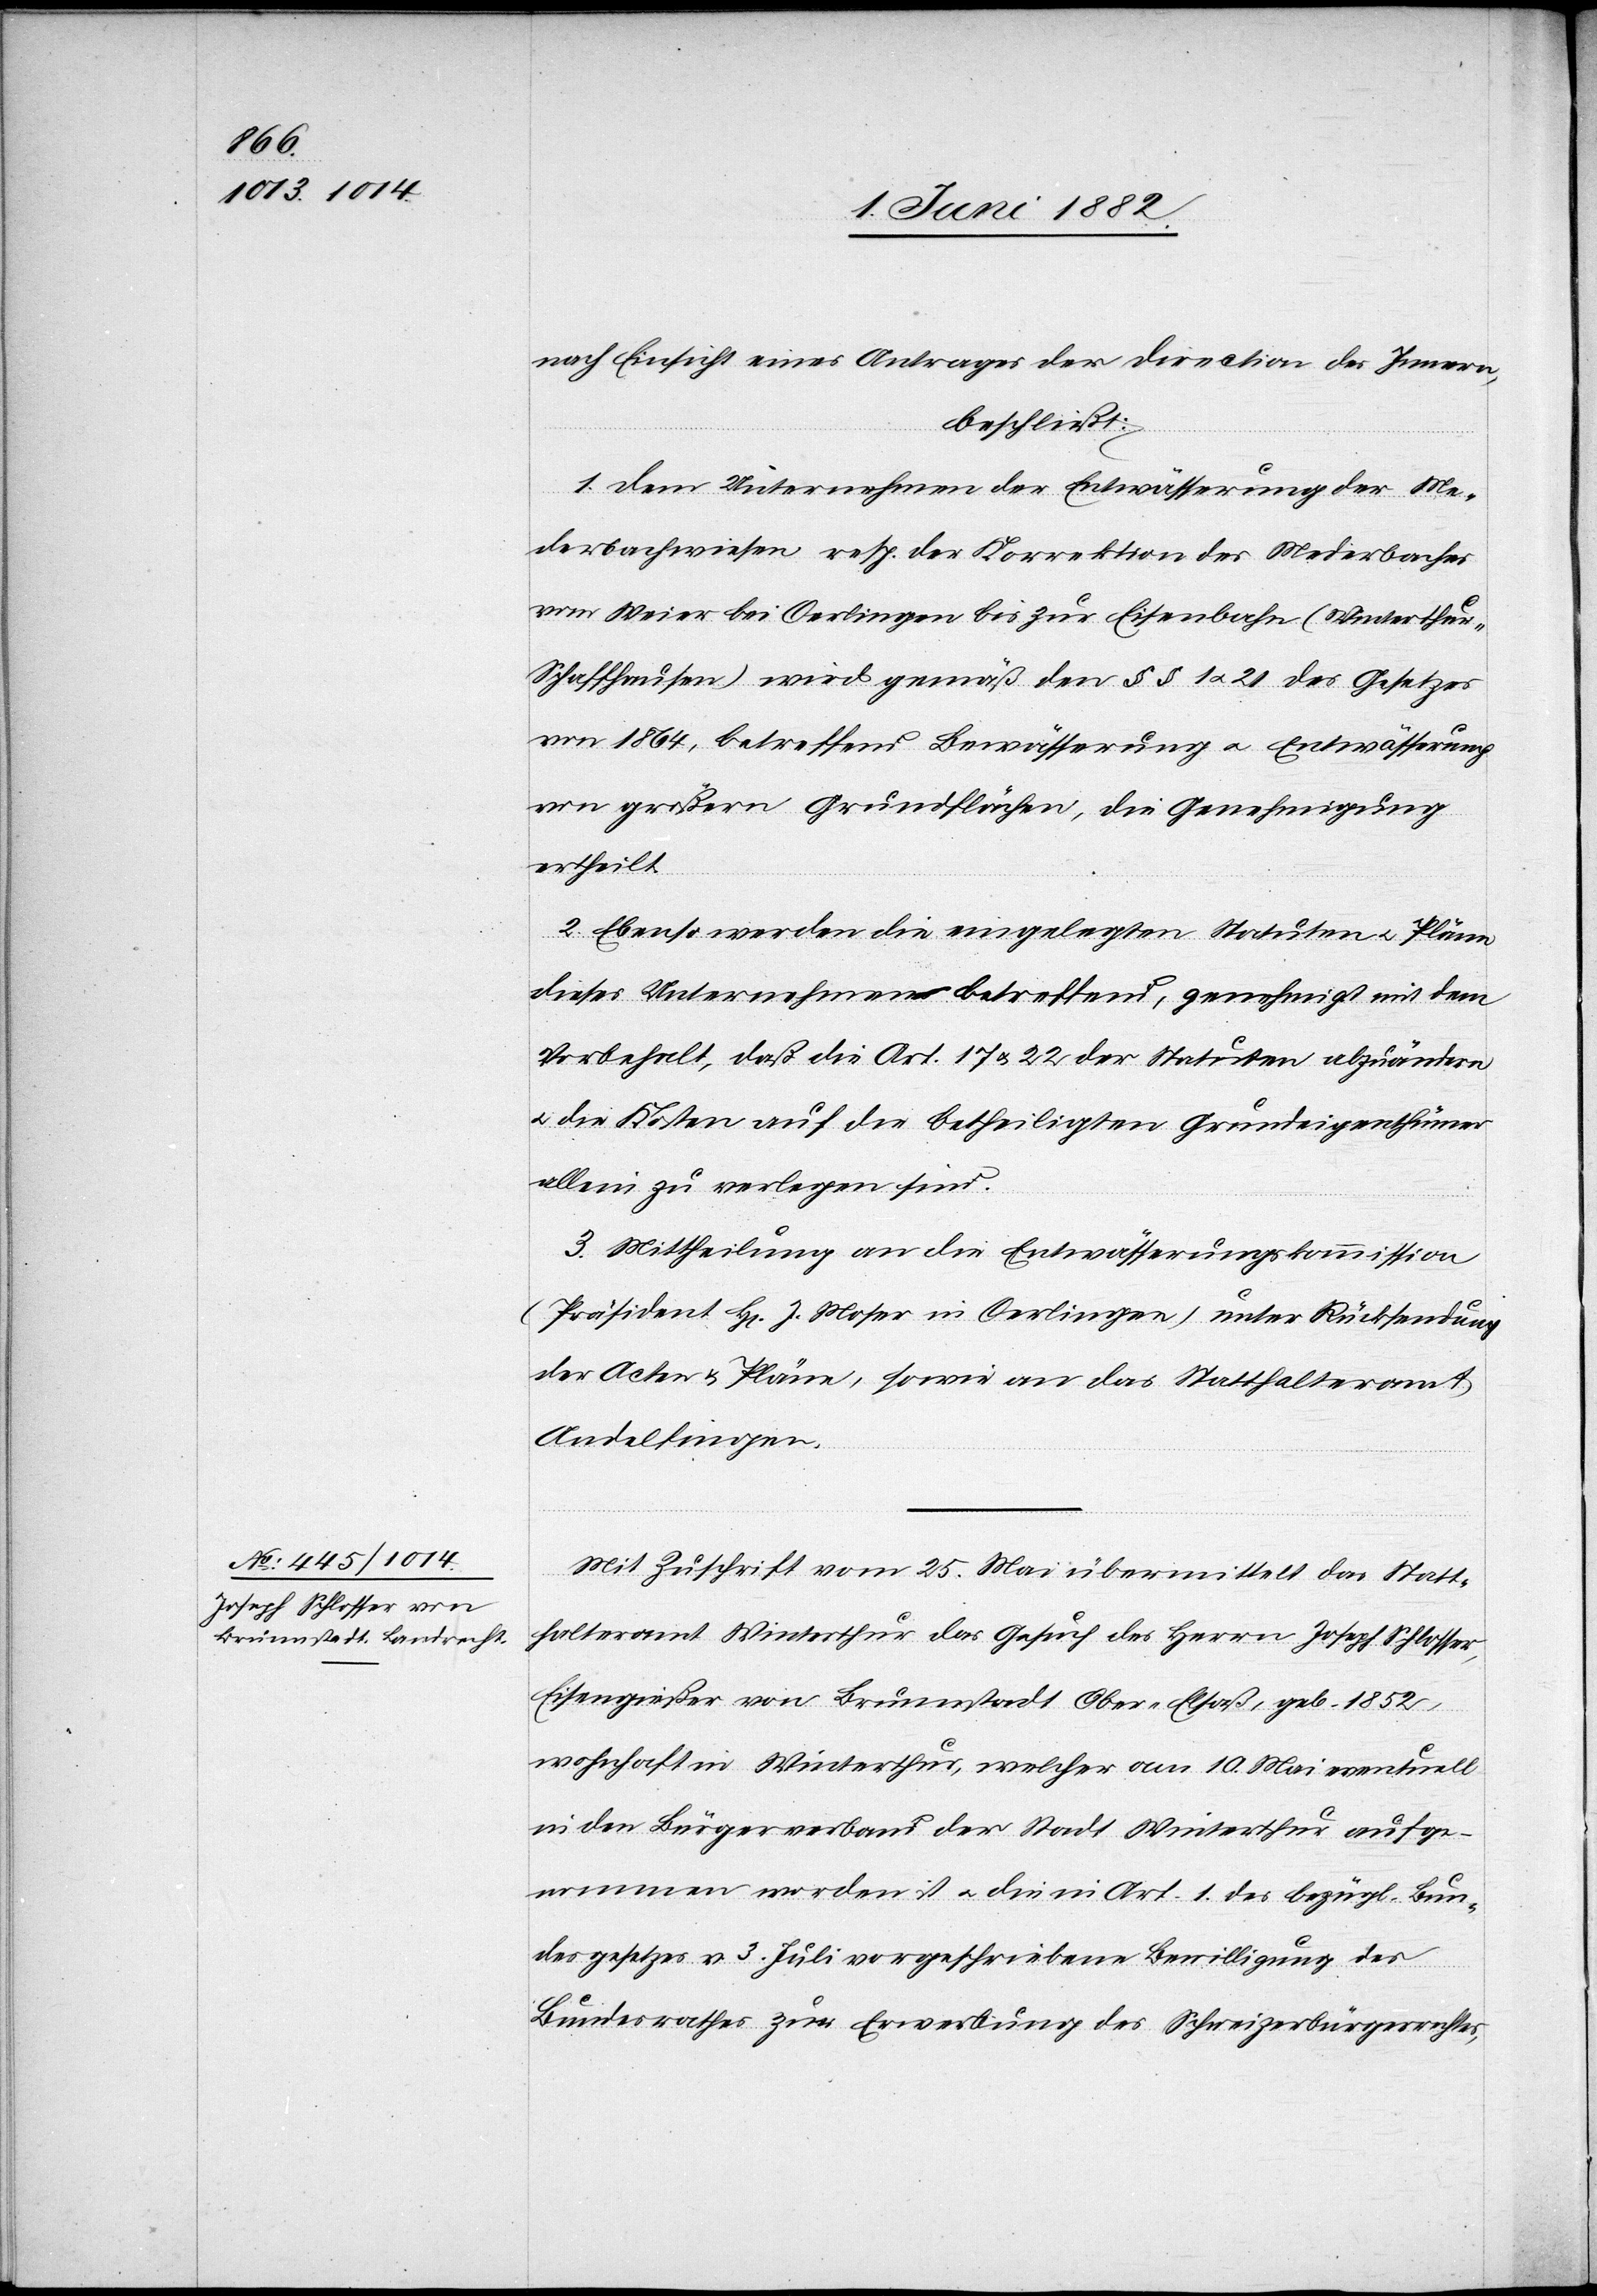
nach Einsicht eines Antrages der Direction des Innern,
beschließt:
1. Dem Unternehmen der Entwässerung der Me¬
derbachwiesen resp. der Korrektion des Mederbaches
vom Weier bei Oerlingen bis zur Eisenbahn (Winterthu¬
r–Schaffhausen) wird gemäß den §§ 1 u. 21 des Gesetzes
von 1864, betreffend Bewässerung u. Entwässerung
von größern Grundflächen, die Genehmigung
ertheilt.
2. Ebenso werden die eingelegten Statuten u. Pläne
dieses Unternehmen betreffend, genehmigt mit dem
Vorbehalt, daß die Art. 17 & 22 der Statuten abzuändern
u. die Kosten auf die betheiligten Grundeigenthümer
allein zu verlegen sind.
3. Mittheilung an die Entwässerungskommission
(Präsident Hr. J. Moser in Oerlingen) unter Rücksendung
der Acten & Pläne, sowie an das Statthalteramt
Andelfingen.
Mit Zuschrift vom 25. Mai übermittelt das Statt¬
halteramt Winterthur das Gesuch des Herrn Joseph Schlosser,
Eisengießer von Brunnstadt [-] Ober-Elsaß, geb. 1852,
wohnhaft in Winterthur, welcher am 10. Mai eventuell
in den Bürgerverband der Stadt Winterthur aufge¬
nommen worden ist u. die in Art. 1 des bezügl. Bun¬
desgesetzes v. 3. Juli [1876] vorgeschriebene Bewilligung des
Bundesrathes zur Erwerbung des Schweizerbürgerrechtes,